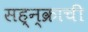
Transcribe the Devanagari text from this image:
सह्न्क्राची